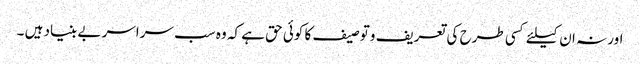
اور نہ ان کیلئے کسی طرح کی تعریف وتوصیف کا کوئی حق ہے کہ وہ سب سراسر بے بنیاد ہیں ۔